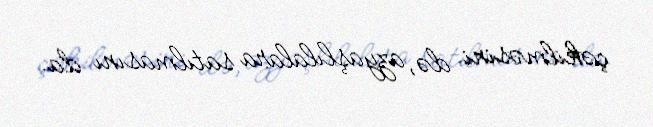
çəkilməsini də, azyaşlılalara satılmasını da.